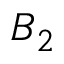
B _ { 2 }